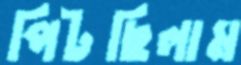
পিটছিলাম